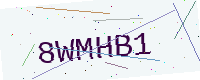
Text: 8WMHB1